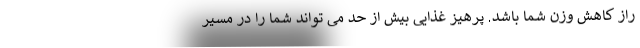
راز کاهش وزن شما باشد. پرهیز غذایی بیش از حد می تواند شما را در مسیر